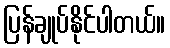
ပြန်ချုပ်နိုင်ပါတယ်။